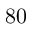
8 0